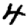
Digit: 4